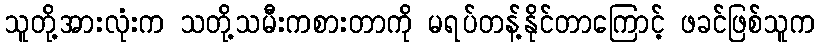
သူတို့အားလုံးက သတို့သမီးကစားတာကို မရပ်တန့်နိုင်တာကြောင့် ဖခင်ဖြစ်သူက